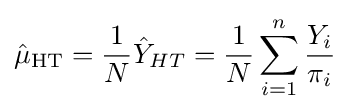
{\hat {\mu }}_{\mathrm {HT} }={\frac {1}{N}}{\hat {Y}}_{HT}={\frac {1}{N}}\sum _{i=1}^{n}{\frac {Y_{i}}{\pi _{i}}}